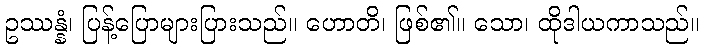
ဥဿန္နံ၊ ပြန့်ပြောများပြားသည်။ ဟောတိ၊ ဖြစ်၏။ သော၊ ထိုဒါယကာသည်။